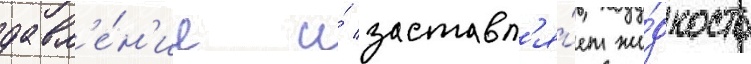
давл'е́н'ие и́ заставл'я́ет жи́дкость